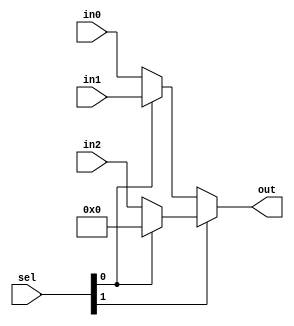
module mux3to1 (
    input [31:0] in0,
    input [31:0] in1,
    input [31:0] in2,
    input [1:0] sel,
    output [31:0] out
);
   assign out = (sel[1]) ? (sel[0] ? 32'b0 : in2) : (sel[0] ? in1 : in0);
endmodule